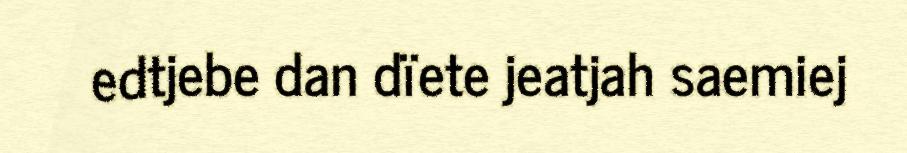
edtjebe dan dïete jeatjah saemiej